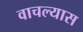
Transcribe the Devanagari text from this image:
वाचल्यास